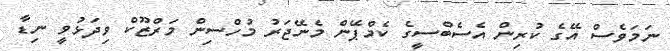
ނަމަވެސް އޭގެ ކުރިން އެސެބްސީގެ ކެމްޕޭން މެނޭޖަރު މުހްސިން މަރްޒޫކް ވިދަޅުވީ ނިޑާ